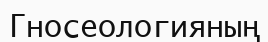
Гносеологияның